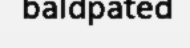
baldpated